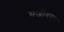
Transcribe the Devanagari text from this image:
मजीवपुर